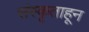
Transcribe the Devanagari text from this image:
संस्कृताहून